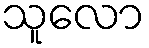
သူလော